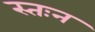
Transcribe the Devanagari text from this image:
स्तःन